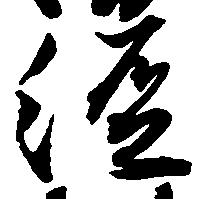
経